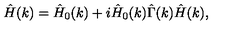
\hat { H } ( k ) = \hat { H } _ { 0 } ( k ) + i \hat { H } _ { 0 } ( k ) \hat { \Gamma } ( k ) \hat { H } ( k ) ,